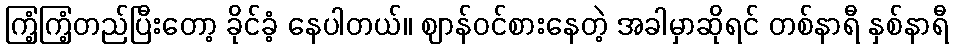
ကြံ့ကြံ့တည်ပြီးတော့ ခိုင်ခံ့ နေပါတယ်။ ဈာန်ဝင်စားနေတဲ့ အခါမှာဆိုရင် တစ်နာရီ နှစ်နာရီ